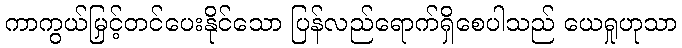
ကာကွယ်မြှင့်တင်ပေးနိုင်သော ပြန်လည်ရောက်ရှိစေပါသည် ယေရှုဟုသာ